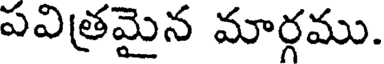
పవిత్రమైన మార్గము.